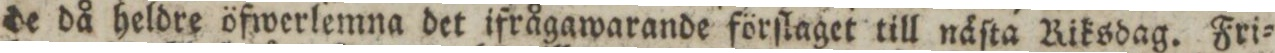
de då heldre öfwerlemna det ifrågawarande förſlaget till näſta Riksdag. Fri=